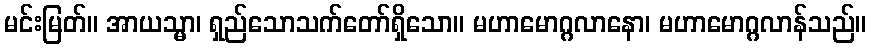
မင်းမြတ်။ အာယသ္မာ၊ ရှည်သောသက်တော်ရှိသော။ မဟာမောဂ္ဂလာနော၊ မဟာမောဂ္ဂလာန်သည်။